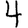
Digit: 4